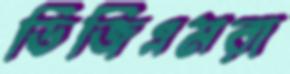
ডিজিএমরা